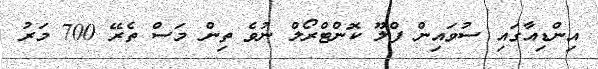
އިންޑިއާގައި ސުވައިން ފްލޫ ކޮންޓްރޯލް ނުވެ ތިން މަސް ތެރޭ 700 މަރު